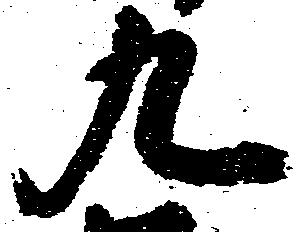
九